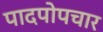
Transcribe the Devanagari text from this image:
पादपोपचार